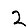
Digit: 2